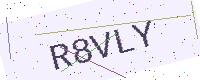
Text: R8VLY